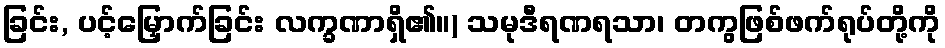
ခြင်း, ပင့်မြှောက်ခြင်း လက္ခဏာရှိ၏။) သမုဒီရဏရသာ၊ တကွဖြစ်ဖက်ရုပ်တို့ကို